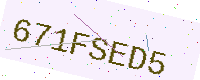
Text: 671FSED5